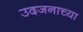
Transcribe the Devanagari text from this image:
उदजनाच्या